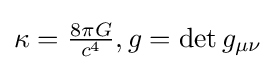
\kappa ={\tfrac {8\pi G}{c^{4}}},g=\det g_{\mu \nu }